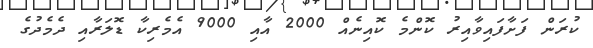
ކުރަން ފަށާފައިވާއިރު ކޮންމެ ކޮއިނެއް 2000 އާއި 9000 އެމެރިކާ ޑޮލަރާއި ދެމެދުގެ